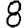
Digit: 8